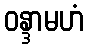
ဝန္ဒာမဟံ